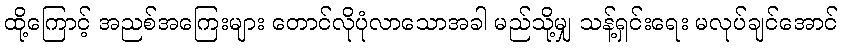
ထို့ကြောင့် အညစ်အကြေးများ တောင်လိုပုံလာသောအခါ မည်သို့မျှ သန့်ရှင်းရေး မလုပ်ချင်အောင်